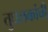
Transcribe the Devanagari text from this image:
तुघलकांची